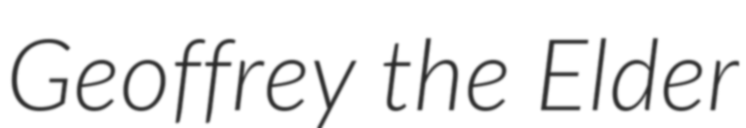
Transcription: Geoffrey the Elder